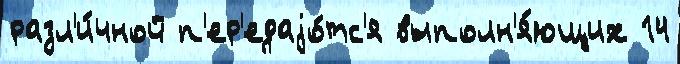
разл'и́чной п'ер'едаjо́тс'я выполн'я́ющих 14